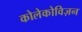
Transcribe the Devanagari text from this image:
कोलेकोविज़न